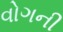
વોગની